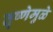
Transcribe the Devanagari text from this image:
तृष्णेमुळे